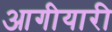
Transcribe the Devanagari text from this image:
आगीयारी